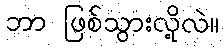
ဘာ ဖြစ်သွားလို့လဲ။